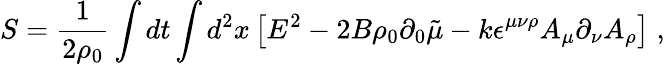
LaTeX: S=\frac{1}{2\rho_{0}}\int dt\int d^{2}x\left[E^{2}-2B\rho_{0}\partial_{0}\tilde{\mu}-k\epsilon^{\mu\nu\rho}A_{\mu}\partial_{\nu}A_{\rho}\right]\; ,